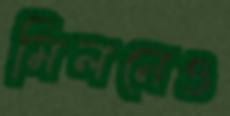
মিলনেও